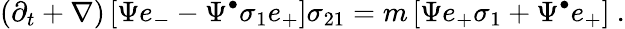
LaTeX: \left(\partial_{t}+\nabla\right)\left[\Psi e_{-}-\Psi^{\bullet}\sigma_{1}e_{+}\right]\sigma_{21}=m\left[\Psi e_{+}\sigma_{1}+\Psi^{\bullet}e_{+}\right]~.